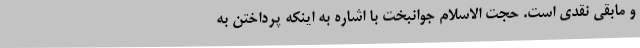
و مابقی نقدی است. حجت الاسلام جوانبخت با اشاره به اینکه پرداختن به